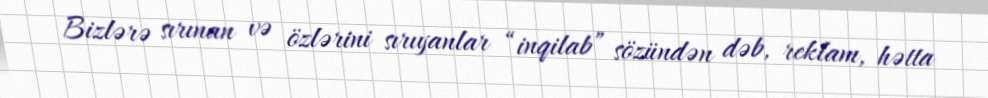
Bizlərə sırınan və özlərini sırıyanlar “inqilab” sözündən dəb, reklam, hətta